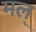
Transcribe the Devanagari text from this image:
मल्